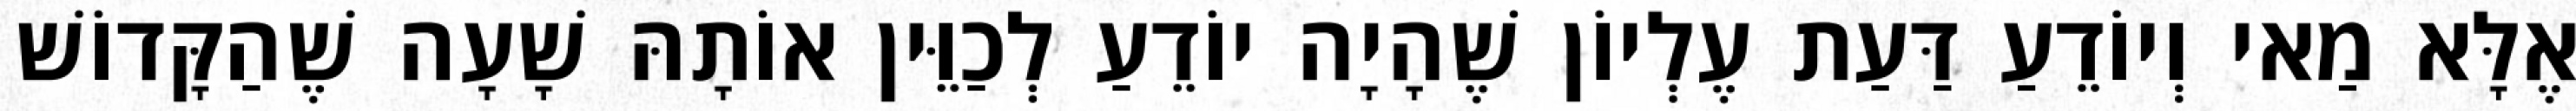
אֶלָּא מַאי וְיוֹדֵעַ דַּעַת עֶלְיוֹן שֶׁהָיָה יוֹדֵעַ לְכַוֵּין אוֹתָהּ שָׁעָה שֶׁהַקָּדוֹשׁ